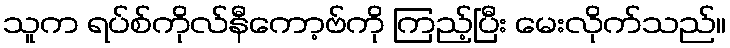
သူက ရပ်စ်ကိုလ်နီကော့ဗ်ကို ကြည့်ပြီး မေးလိုက်သည်။